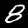
Label: 8